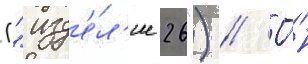
("изд'е́л'ие 26") // О́н